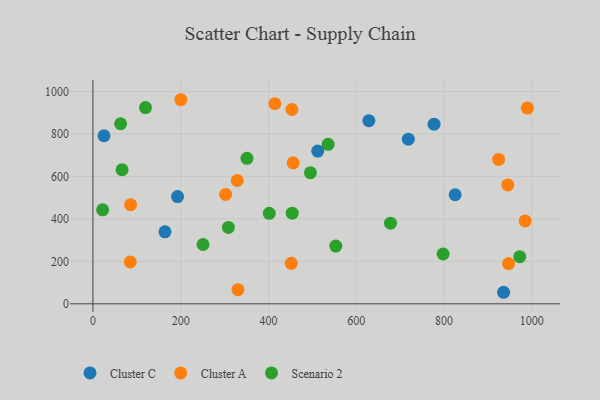
{"axis": {"x": "Engine Size", "y": "Sales"}, "legend": ["Cluster A", "Cluster C", "Scenario 2"], "data": [{"x": "628.8", "y": 862.8, "type": "Cluster C"}, {"x": "777.3", "y": 846.2, "type": "Cluster C"}, {"x": "512.3", "y": 719.5, "type": "Cluster C"}, {"x": "164.2", "y": 339.0, "type": "Cluster C"}, {"x": "192.8", "y": 505.0, "type": "Cluster C"}, {"x": "718.7", "y": 775.7, "type": "Cluster C"}, {"x": "935.7", "y": 54.4, "type": "Cluster C"}, {"x": "25.3", "y": 791.8, "type": "Cluster C"}, {"x": "825.3", "y": 513.8, "type": "Cluster C"}, {"x": "453.4", "y": 915.4, "type": "Cluster A"}, {"x": "924.4", "y": 680.4, "type": "Cluster A"}, {"x": "328.9", "y": 580.9, "type": "Cluster A"}, {"x": "984.8", "y": 390.5, "type": "Cluster A"}, {"x": "945.3", "y": 560.1, "type": "Cluster A"}, {"x": "85.0", "y": 197.4, "type": "Cluster A"}, {"x": "451.9", "y": 190.7, "type": "Cluster A"}, {"x": "414.6", "y": 942.4, "type": "Cluster A"}, {"x": "330.5", "y": 66.6, "type": "Cluster A"}, {"x": "200.3", "y": 961.4, "type": "Cluster A"}, {"x": "456.2", "y": 664.4, "type": "Cluster A"}, {"x": "302.4", "y": 515.4, "type": "Cluster A"}, {"x": "989.9", "y": 921.9, "type": "Cluster A"}, {"x": "947.0", "y": 189.5, "type": "Cluster A"}, {"x": "85.8", "y": 467.1, "type": "Cluster A"}, {"x": "308.7", "y": 359.8, "type": "Scenario 2"}, {"x": "678.0", "y": 379.7, "type": "Scenario 2"}, {"x": "553.4", "y": 272.0, "type": "Scenario 2"}, {"x": "351.0", "y": 685.4, "type": "Scenario 2"}, {"x": "972.5", "y": 221.9, "type": "Scenario 2"}, {"x": "401.8", "y": 426.1, "type": "Scenario 2"}, {"x": "250.9", "y": 279.5, "type": "Scenario 2"}, {"x": "454.1", "y": 426.8, "type": "Scenario 2"}, {"x": "495.6", "y": 618.0, "type": "Scenario 2"}, {"x": "66.4", "y": 631.6, "type": "Scenario 2"}, {"x": "22.1", "y": 442.6, "type": "Scenario 2"}, {"x": "535.9", "y": 751.2, "type": "Scenario 2"}, {"x": "119.8", "y": 924.2, "type": "Scenario 2"}, {"x": "797.9", "y": 234.8, "type": "Scenario 2"}, {"x": "63.1", "y": 848.2, "type": "Scenario 2"}]}